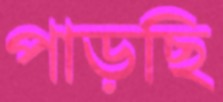
পাড়ছি